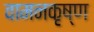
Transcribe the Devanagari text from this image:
वामनकृष्ण